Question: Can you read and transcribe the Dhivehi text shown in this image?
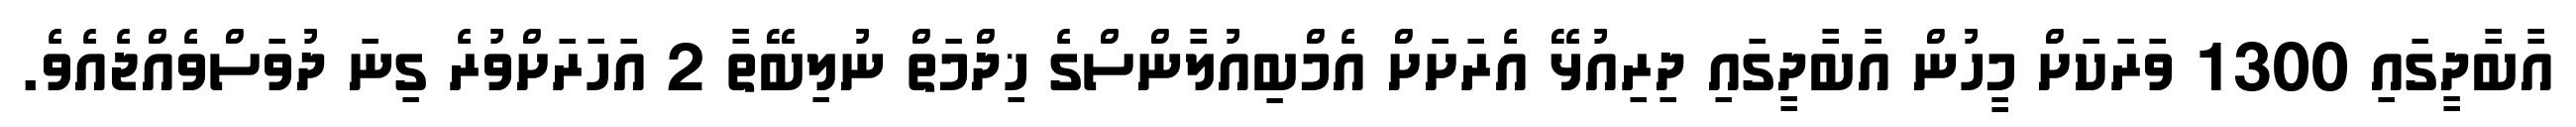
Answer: އާބާދީގައި 1300 ވަރަކަށް މީހުން އާބާދީގައި ދިރިއުޅޭ އެރަށަށް އެމްބިއުލާންސްގެ ޚިދްމަތް ނުލިބޭތާ 2 އަހަރަށްވުރެ ގިނަ ދުވަސްވެއްޖެއެވެ.